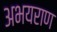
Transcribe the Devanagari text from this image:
अभयराण